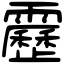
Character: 靂